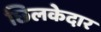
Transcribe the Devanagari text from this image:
छिलकेदार